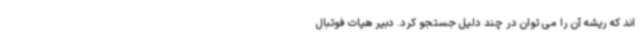
اند که ریشه آن را می توان در چند دلیل جستجو کرد. دبیر هیات فوتبال